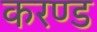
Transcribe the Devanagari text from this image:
करण्ड